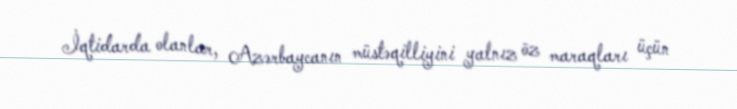
İqtidarda olanlar, Azərbaycanın müstəqilliyini yalnız öz maraqları üçün